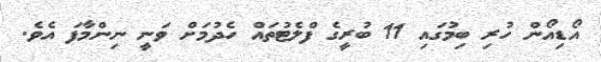
އޯޑިއޯން ހުރި ބިމުގައި 11 ބުރީގެ ފްލެޓުތައް ހެދުމަށް ވަނީ ނިންމާފަ އެވެ.